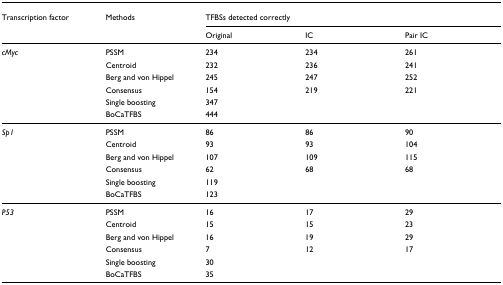
<table><thead><tr><td><b>Transcription factor</b></td><td><b>Methods</b></td><td colspan="3"><b>TFBSs detected correctly</b></td></tr><tr><td></td><td></td><td><b>Original</b></td><td><b>IC</b></td><td><b>Pair IC</b></td></tr></thead><tbody><tr><td><i>cMyc</i></td><td>PSSM</td><td>234</td><td>234</td><td>261</td></tr><tr><td></td><td>Centroid</td><td>232</td><td>236</td><td>241</td></tr><tr><td></td><td>Berg and von Hippel</td><td>245</td><td>247</td><td>252</td></tr><tr><td></td><td>Consensus</td><td>154</td><td>219</td><td>221</td></tr><tr><td></td><td>Single boosting</td><td>347</td><td></td><td></td></tr><tr><td></td><td>BoCaTFBS</td><td>444</td><td></td><td></td></tr><tr><td><i>Sp1</i></td><td>PSSM</td><td>86</td><td>86</td><td>90</td></tr><tr><td></td><td>Centroid</td><td>93</td><td>93</td><td>104</td></tr><tr><td></td><td>Berg and von Hippel</td><td>107</td><td>109</td><td>115</td></tr><tr><td></td><td>Consensus</td><td>62</td><td>68</td><td>68</td></tr><tr><td></td><td>Single boosting</td><td>119</td><td></td><td></td></tr><tr><td></td><td>BoCaTFBS</td><td>123</td><td></td><td></td></tr><tr><td><i>P53</i></td><td>PSSM</td><td>16</td><td>17</td><td>29</td></tr><tr><td></td><td>Centroid</td><td>15</td><td>15</td><td>23</td></tr><tr><td></td><td>Berg and von Hippel</td><td>16</td><td>19</td><td>29</td></tr><tr><td></td><td>Consensus</td><td>7</td><td>12</td><td>17</td></tr><tr><td></td><td>Single boosting</td><td>30</td><td></td><td></td></tr><tr><td></td><td>BoCaTFBS</td><td>35</td><td></td><td></td></tr></tbody></table>